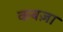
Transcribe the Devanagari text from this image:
कबज़ा